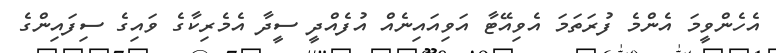
އެހެންވީމަ އެންމެ ފުރަތަމަ އެވިއޭޓާ އަވިއައިނެއް އުފެއްދީ ސީދާ އެމެރިކާގެ ވައިގެ ސިފައިންގެ